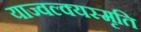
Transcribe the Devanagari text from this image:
याज्‍वल्क्यस्मृति